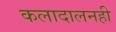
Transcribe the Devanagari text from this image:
कलादालनही